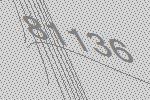
81136